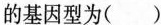
的基因型为( )